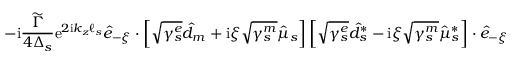
- \mathrm { i } \frac { \widetilde \Gamma } { 4 \Delta _ { s } } \mathrm { e } ^ { 2 \mathrm { i } k _ { z } \ell _ { s } } \hat { e } _ { - \xi } \cdot \left[ \sqrt { \gamma _ { s } ^ { e } } \hat { d } _ { m } + \mathrm { i } \xi \sqrt { \gamma _ { s } ^ { m } } \hat { \mu } _ { s } \right] \left[ \sqrt { \gamma _ { s } ^ { e } } \hat { d } _ { s } ^ { * } - \mathrm { i } \xi \sqrt { \gamma _ { s } ^ { m } } \hat { \mu } _ { s } ^ { * } \right] \cdot \hat { e } _ { - \xi }